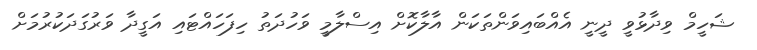
ޝަހީމް ވިދާޅުވީ ދީނީ އެއްބައިވަންތަކަން އާލާކޮށް އިސްލާމީ ވަހުދަތު ހިފަހައްޓައި އަގީދާ ވަރުގަދަކުރުމަށް